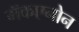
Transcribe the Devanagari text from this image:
मॅकएनोन